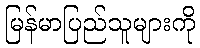
မြန်မာပြည်သူများကို